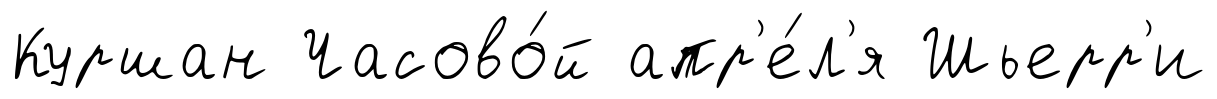
Куршан Часово́й апр'е́л'я Шьерр'и